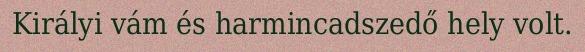
Királyi vám és harmincadszedő hely volt.